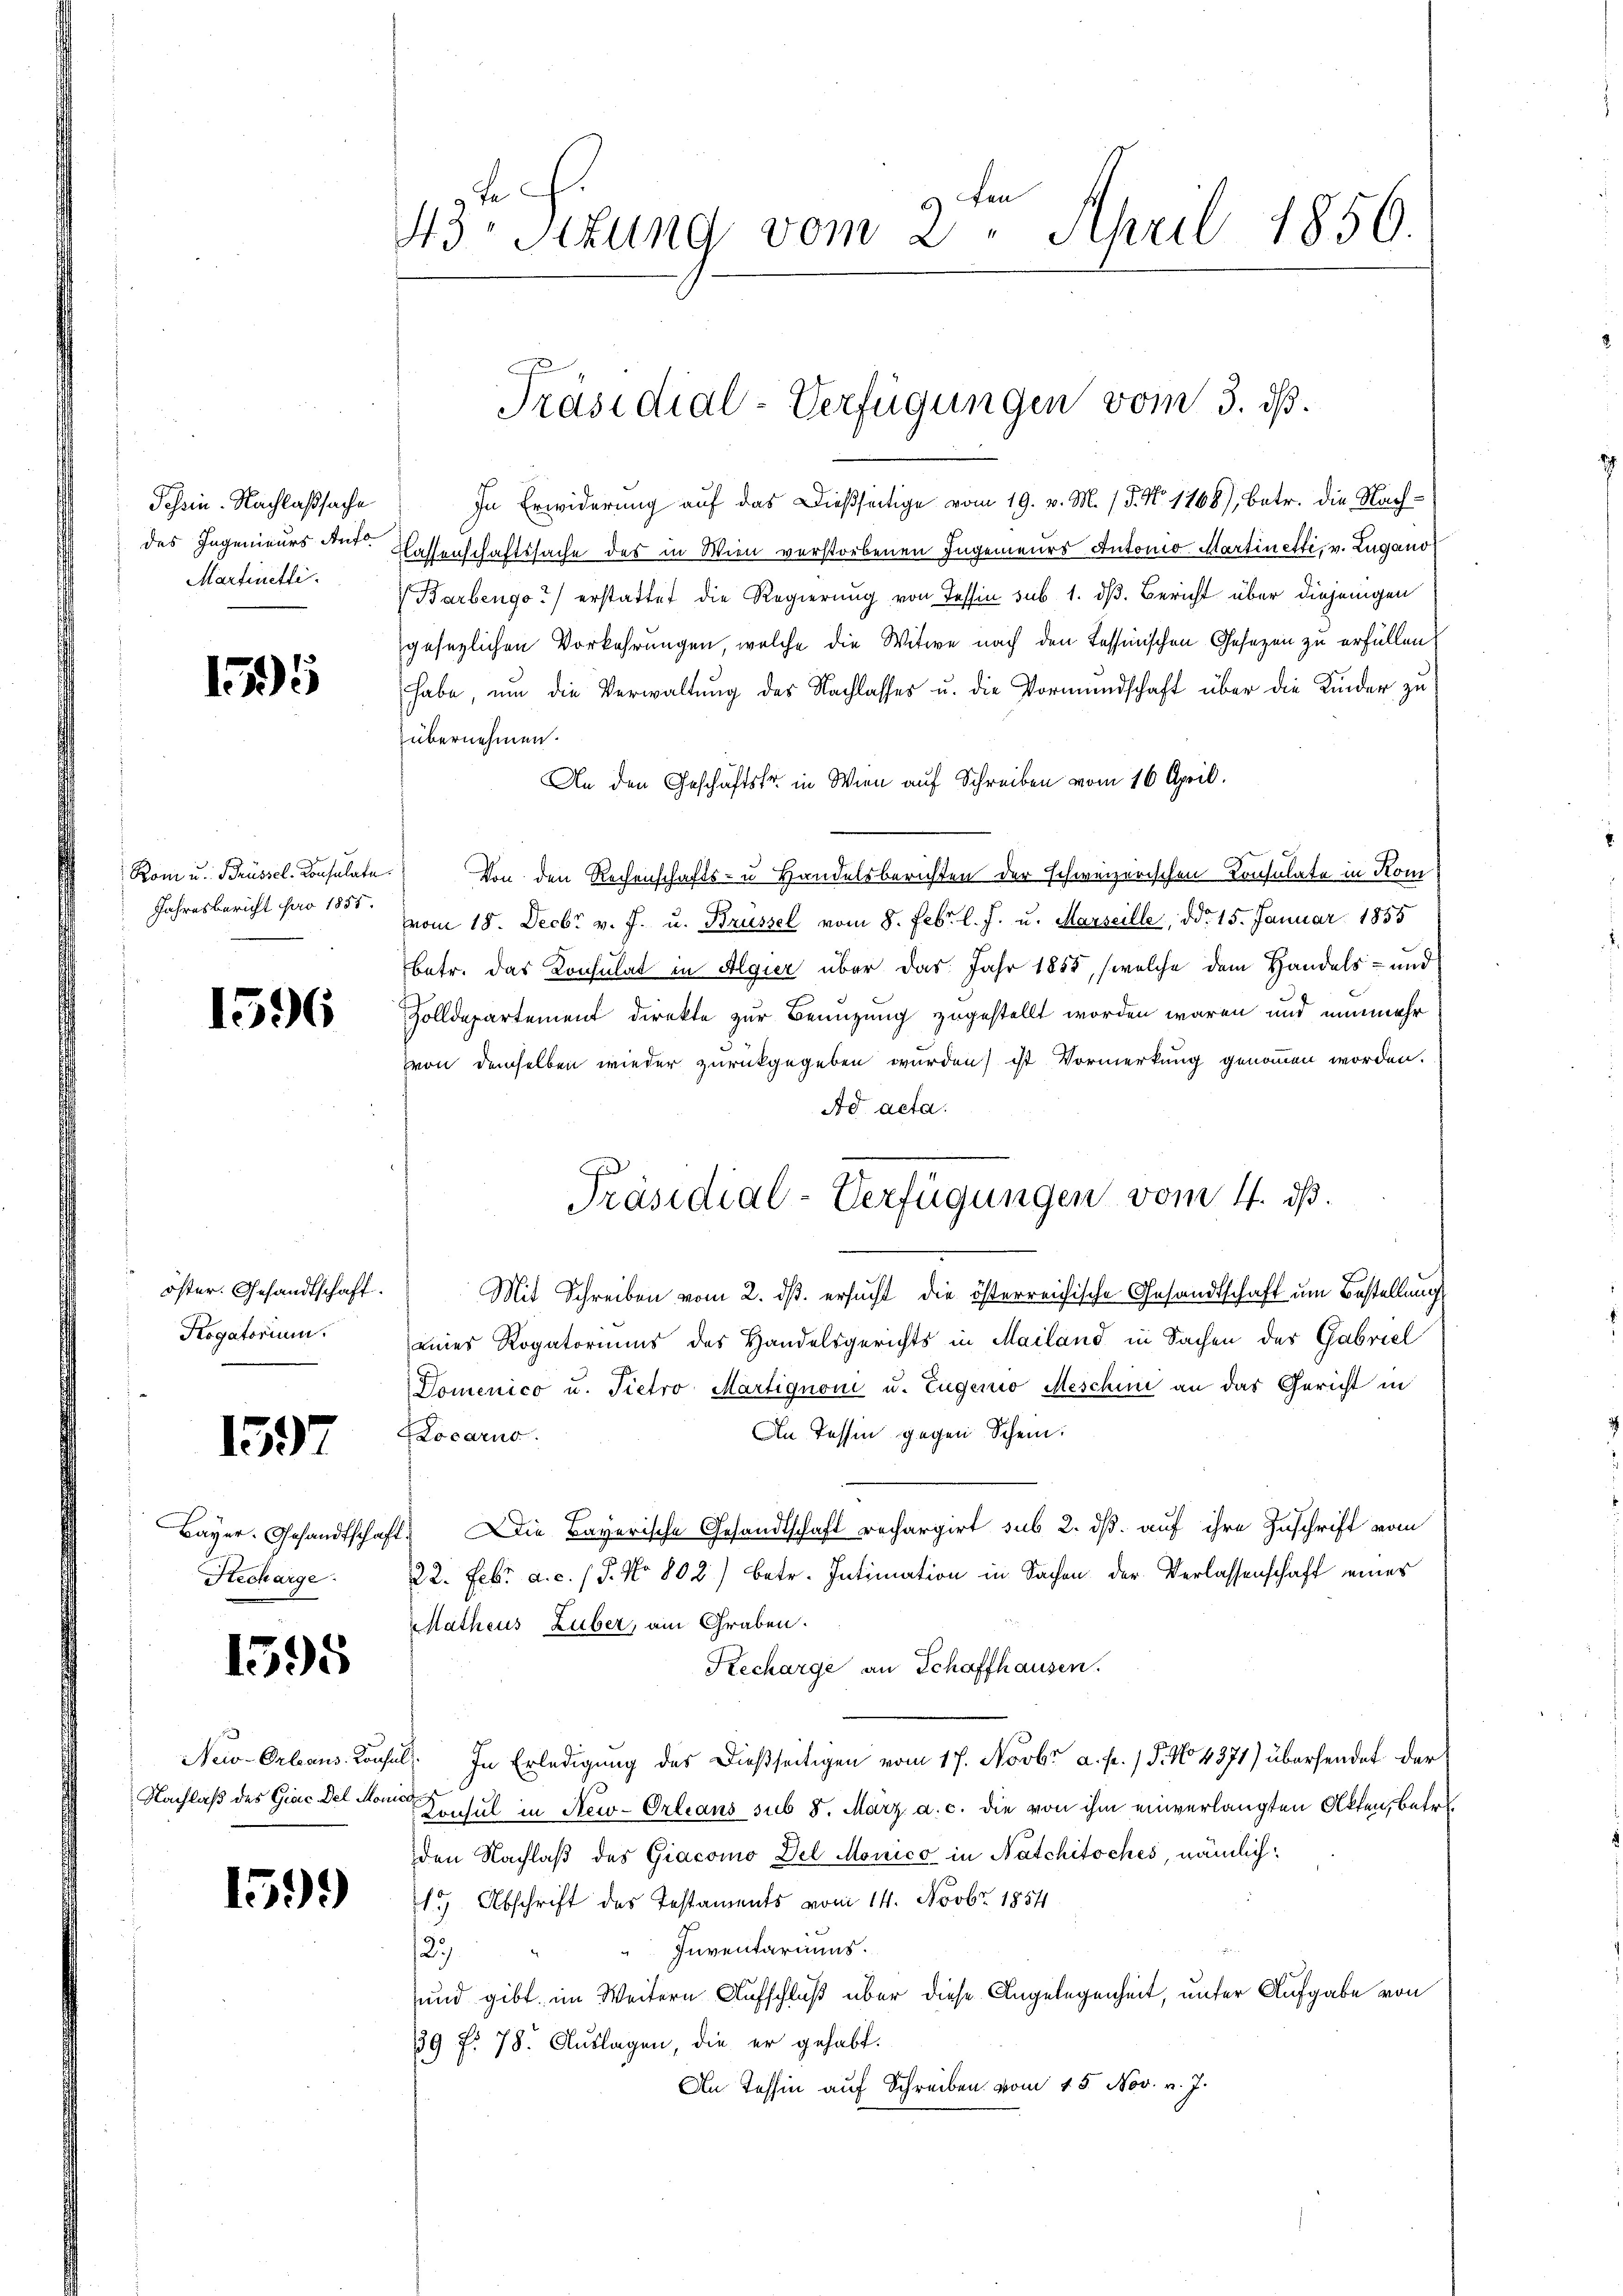
Schein. Nachlaßsache
des Ingenieurs Aufo
Martinetti.

155

Rom u. Brüssel-Konsulate.
Jahresbericht pro 1851.

1596

öster. Gesandtschaft.
Rogatorium.

1597

Bayer. Gesandtschaf
Recharge.

1595

New-Orleans. Consul
Nachlaß des Giac. Del Mona

1599)

43 sizung vom 2. April 1856.

Präsidial-Verfügungen vom 3. ds.

In Erwiderung auf das Dießseitige vom 19. v. M. / 5. No 1168), betr. die Nachlassenschaftssache des in Wien verstorbenen Ingenieurs Antonio Martinetti, v. Lugano
Barbengo?) erstattet die Regierung von Tessin sub. 1. dß. Bericht über diejenigen
gesezlichen Vorkehrungen, welche die Witwe nach den Tessinischen Gesezen zu erfüllen,
habe, um die Verwaltung des Nachlasses u. die Vormundschaft über die Kinder zu
übernehmen.
An den Geschäftsfr. in Wien auf Schreiben vom 16. April.
Von den Rechenschafts- u Handelsberichten der schweizerischen Consulate in Kom
vom 18. Decbr v. J. u. Brüssel vom 8. Febr. l. J. u. Marseille, ddo 15. Januar 1855
betr. das Konsulat in Algier über das Jahr 1855, (welche dem Handels- und
Zolldepartement direkte zur Benutzung zugestellt worden waren und nunmehr
von demselben wieder zurückgegeben wurden) ist Vormerkung genommen worden.
Ad acta.
Mit Schreiben vom 2. ds. ersucht die österreichische Gesandtschaft um Bestellung
eines Rogatoriums des Handelsgerichts in Mailand in Sachen der Gabriel
Domenico u. Tietro Martignoni u. Eugenio Meschini an das Gericht in
In Tessin gegen Schein:
Locarno.
Die Bayerische Gesandtschaft rechargirt sub 2. ds. auf ihre Zuschrift vom
22. Febr. a. c. (T. No 802) betr. Intimation in Sachen der Verlassenschaft eines
Ratheus Luber, am Graben.
Recharge an Schaffhausen.
E. In Erledigung des Dießseitigen vom 17. Novbr a. p. 1 P. No 4871) übersendet der
Konsul in New-Orleans sub 8. März a. c. die von ihm einverlangten Akten, betr.
den Nachlaß des Giacomo Del Monico in Natchitsches, nämlich:
15) Abschrift des Testaments vom 14. Novbr. 1854
Inventariums.
123
und gibt, im Weitern Aufschluß über diese Angelegenheit, unter Aufgabe von
19 f. 78. Auslagen, die er gehabt.
An Tessin auf Schreiben vom 15. Nov. v. J.

Präsidial-Verfügungen vom 4. ds.